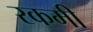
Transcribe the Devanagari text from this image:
रकमी